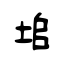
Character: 垖